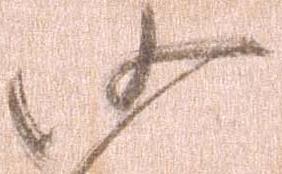
沙